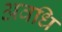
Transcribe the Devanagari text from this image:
अवधि